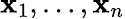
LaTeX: \mathbf{x}_{1},\ldots,\mathbf{x}_{n}